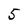
Character: 5